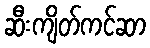
ဆီးကျိတ်ကင်ဆာ